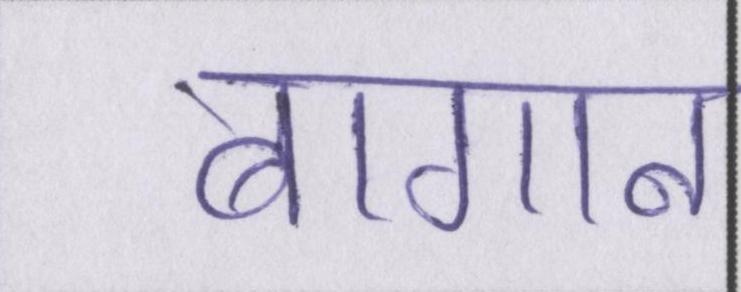
बागान